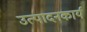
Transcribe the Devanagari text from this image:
उत्पादनकार्य